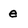
Character: e